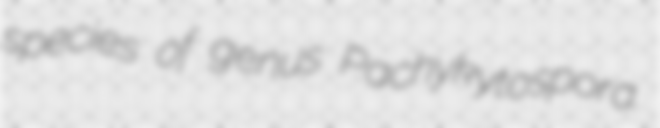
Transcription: species of genus Pachykytospora.